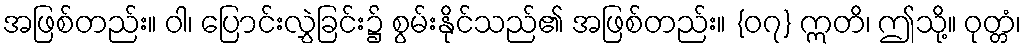
အဖြစ်တည်း။ ဝါ၊ ပြောင်းလွှဲခြင်း၌ စွမ်းနိုင်သည်၏ အဖြစ်တည်း။ {၀၇} ဣတိ၊ ဤသို့။ ဝုတ္တံ၊